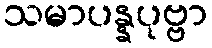
သမာပန္နပုဗ္ဗာ